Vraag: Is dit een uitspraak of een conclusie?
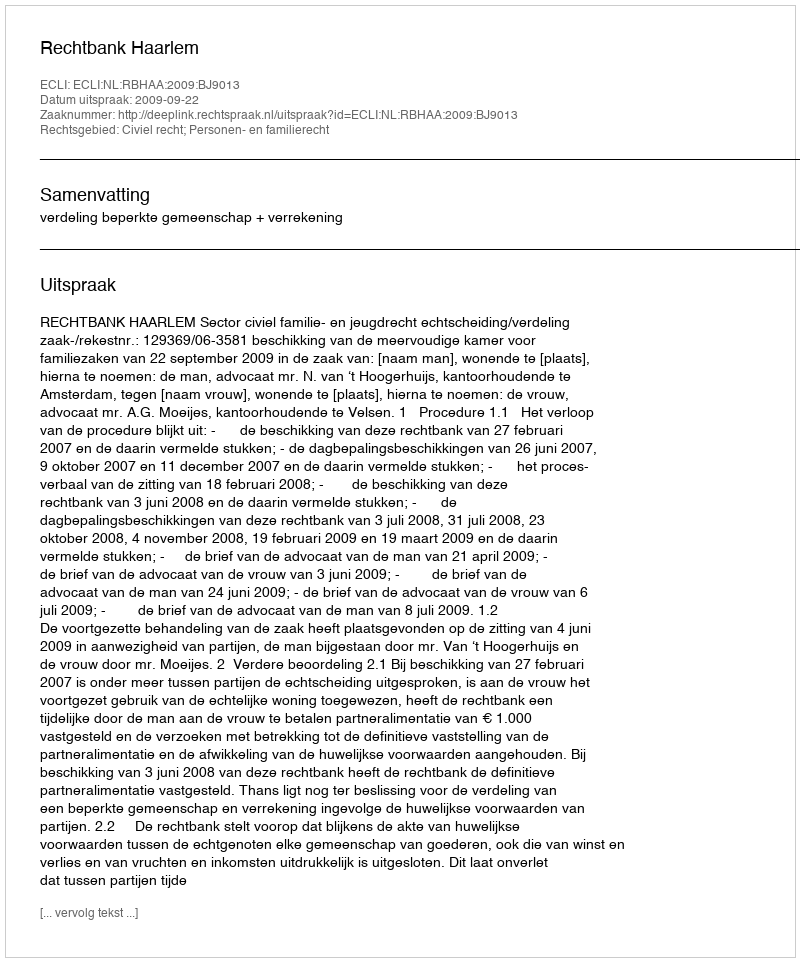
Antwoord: Uitspraak